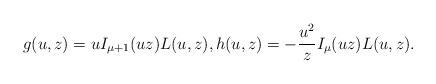
LaTeX: \begin{gather*}g(u,z) = uI_{\mu+1}(uz) L(u,z),h(u,z) = -\frac{u^2}{z} I_\mu(uz)L(u,z) .\end{gather*}